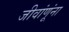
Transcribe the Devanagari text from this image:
जीवांणूंना